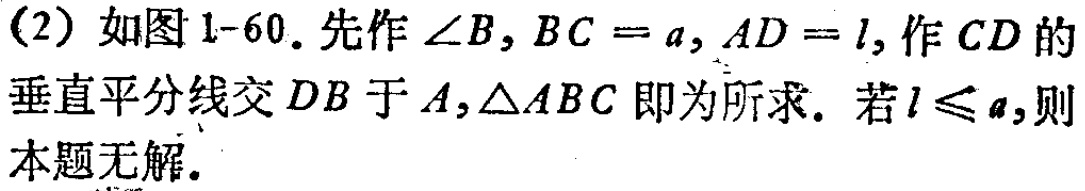
(2) 如图1-60. 先作\(\angle B\)，\(BC = a\)，\(AD = l\)，作\(CD\)的垂直平分线交\(DB\)于\(A\)，\(\triangle ABC\)即为所求. 若\(l\leqslant a\)，则本题无解.